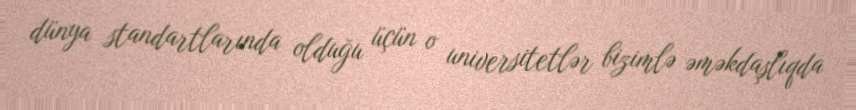
dünya standartlarında olduğu üçün o universitetlər bizimlə əməkdaşlıqda